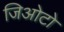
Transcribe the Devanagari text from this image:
जिओटो